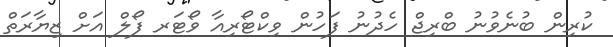
ކުރިން ބުނެވުނު ބްރިޖް ހެދުނު ފަހުން ވިކްޓޯރިއާ ވޯޓަރ ފޯލް އަށް ޒިޔާރަތް